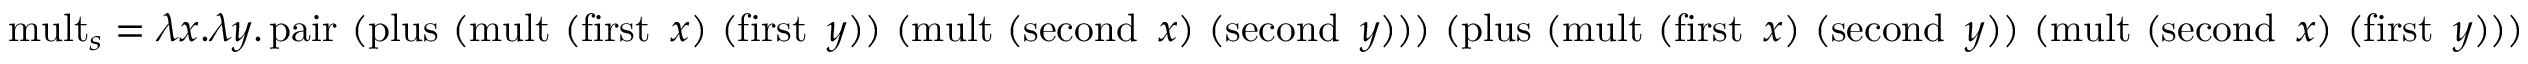
\operatorname { m u l t } _ { s } = \lambda x . \lambda y . \operatorname { p a i r } \ ( \operatorname { p l u s } \ ( \operatorname { m u l t } \ ( \operatorname { f i r s t } \ x ) \ ( \operatorname { f i r s t } \ y ) ) \ ( \operatorname { m u l t } \ ( \operatorname { s e c o n d } \ x ) \ ( \operatorname { s e c o n d } \ y ) ) ) \ ( \operatorname { p l u s } \ ( \operatorname { m u l t } \ ( \operatorname { f i r s t } \ x ) \ ( \operatorname { s e c o n d } \ y ) ) \ ( \operatorname { m u l t } \ ( \operatorname { s e c o n d } \ x ) \ ( \operatorname { f i r s t } \ y ) ) )